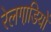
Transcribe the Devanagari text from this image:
रेलगाडि़यों